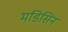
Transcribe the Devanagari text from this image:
मडिसिन